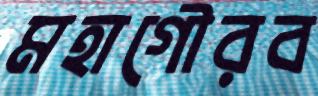
মহাগৌরব